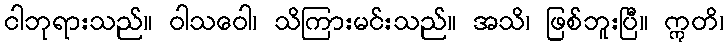
ငါဘုရားသည်။ ဝါသဝေါ၊ သိကြားမင်းသည်။ အသိ၊ ဖြစ်ဘူးပြီ။ ဣတိ၊